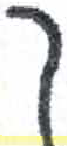
אות: ך